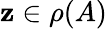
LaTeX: \mathbf{z}\in\rho(A)